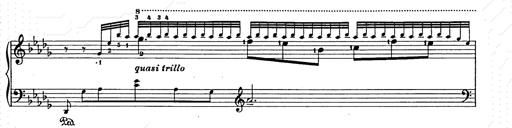
Title: Berceuse
Composer: Lucien Wurmser
Key: A major